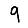
Digit: 9